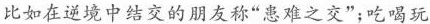
比如在逆境中结交的朋友称”患难之交”；吃喝玩